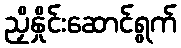
ညှိနှိုင်းဆောင်ရွက်